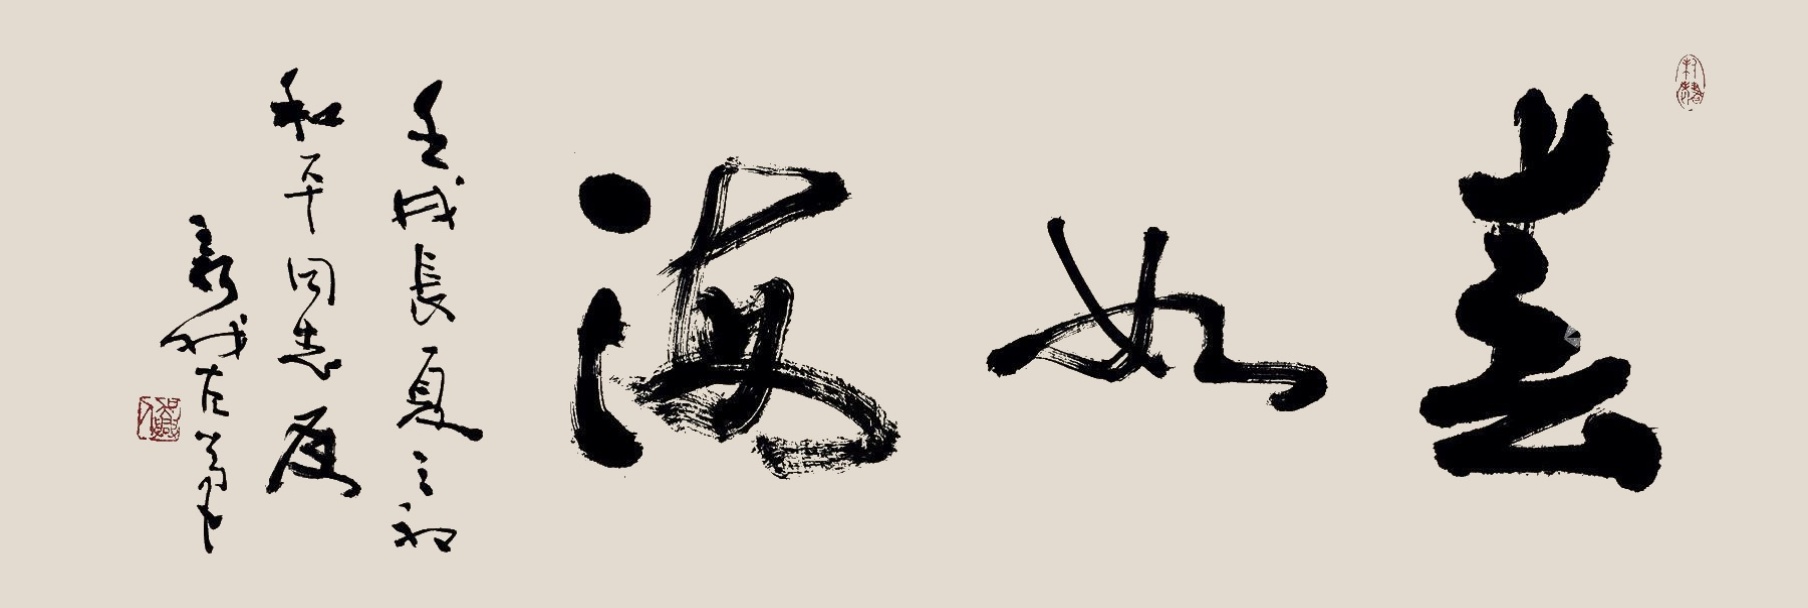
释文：春如海壬戌长夏之初，和平同志属，新我左笔。